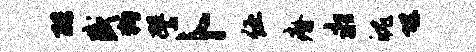
酷盛狗譬卜伍瘠永魄堪